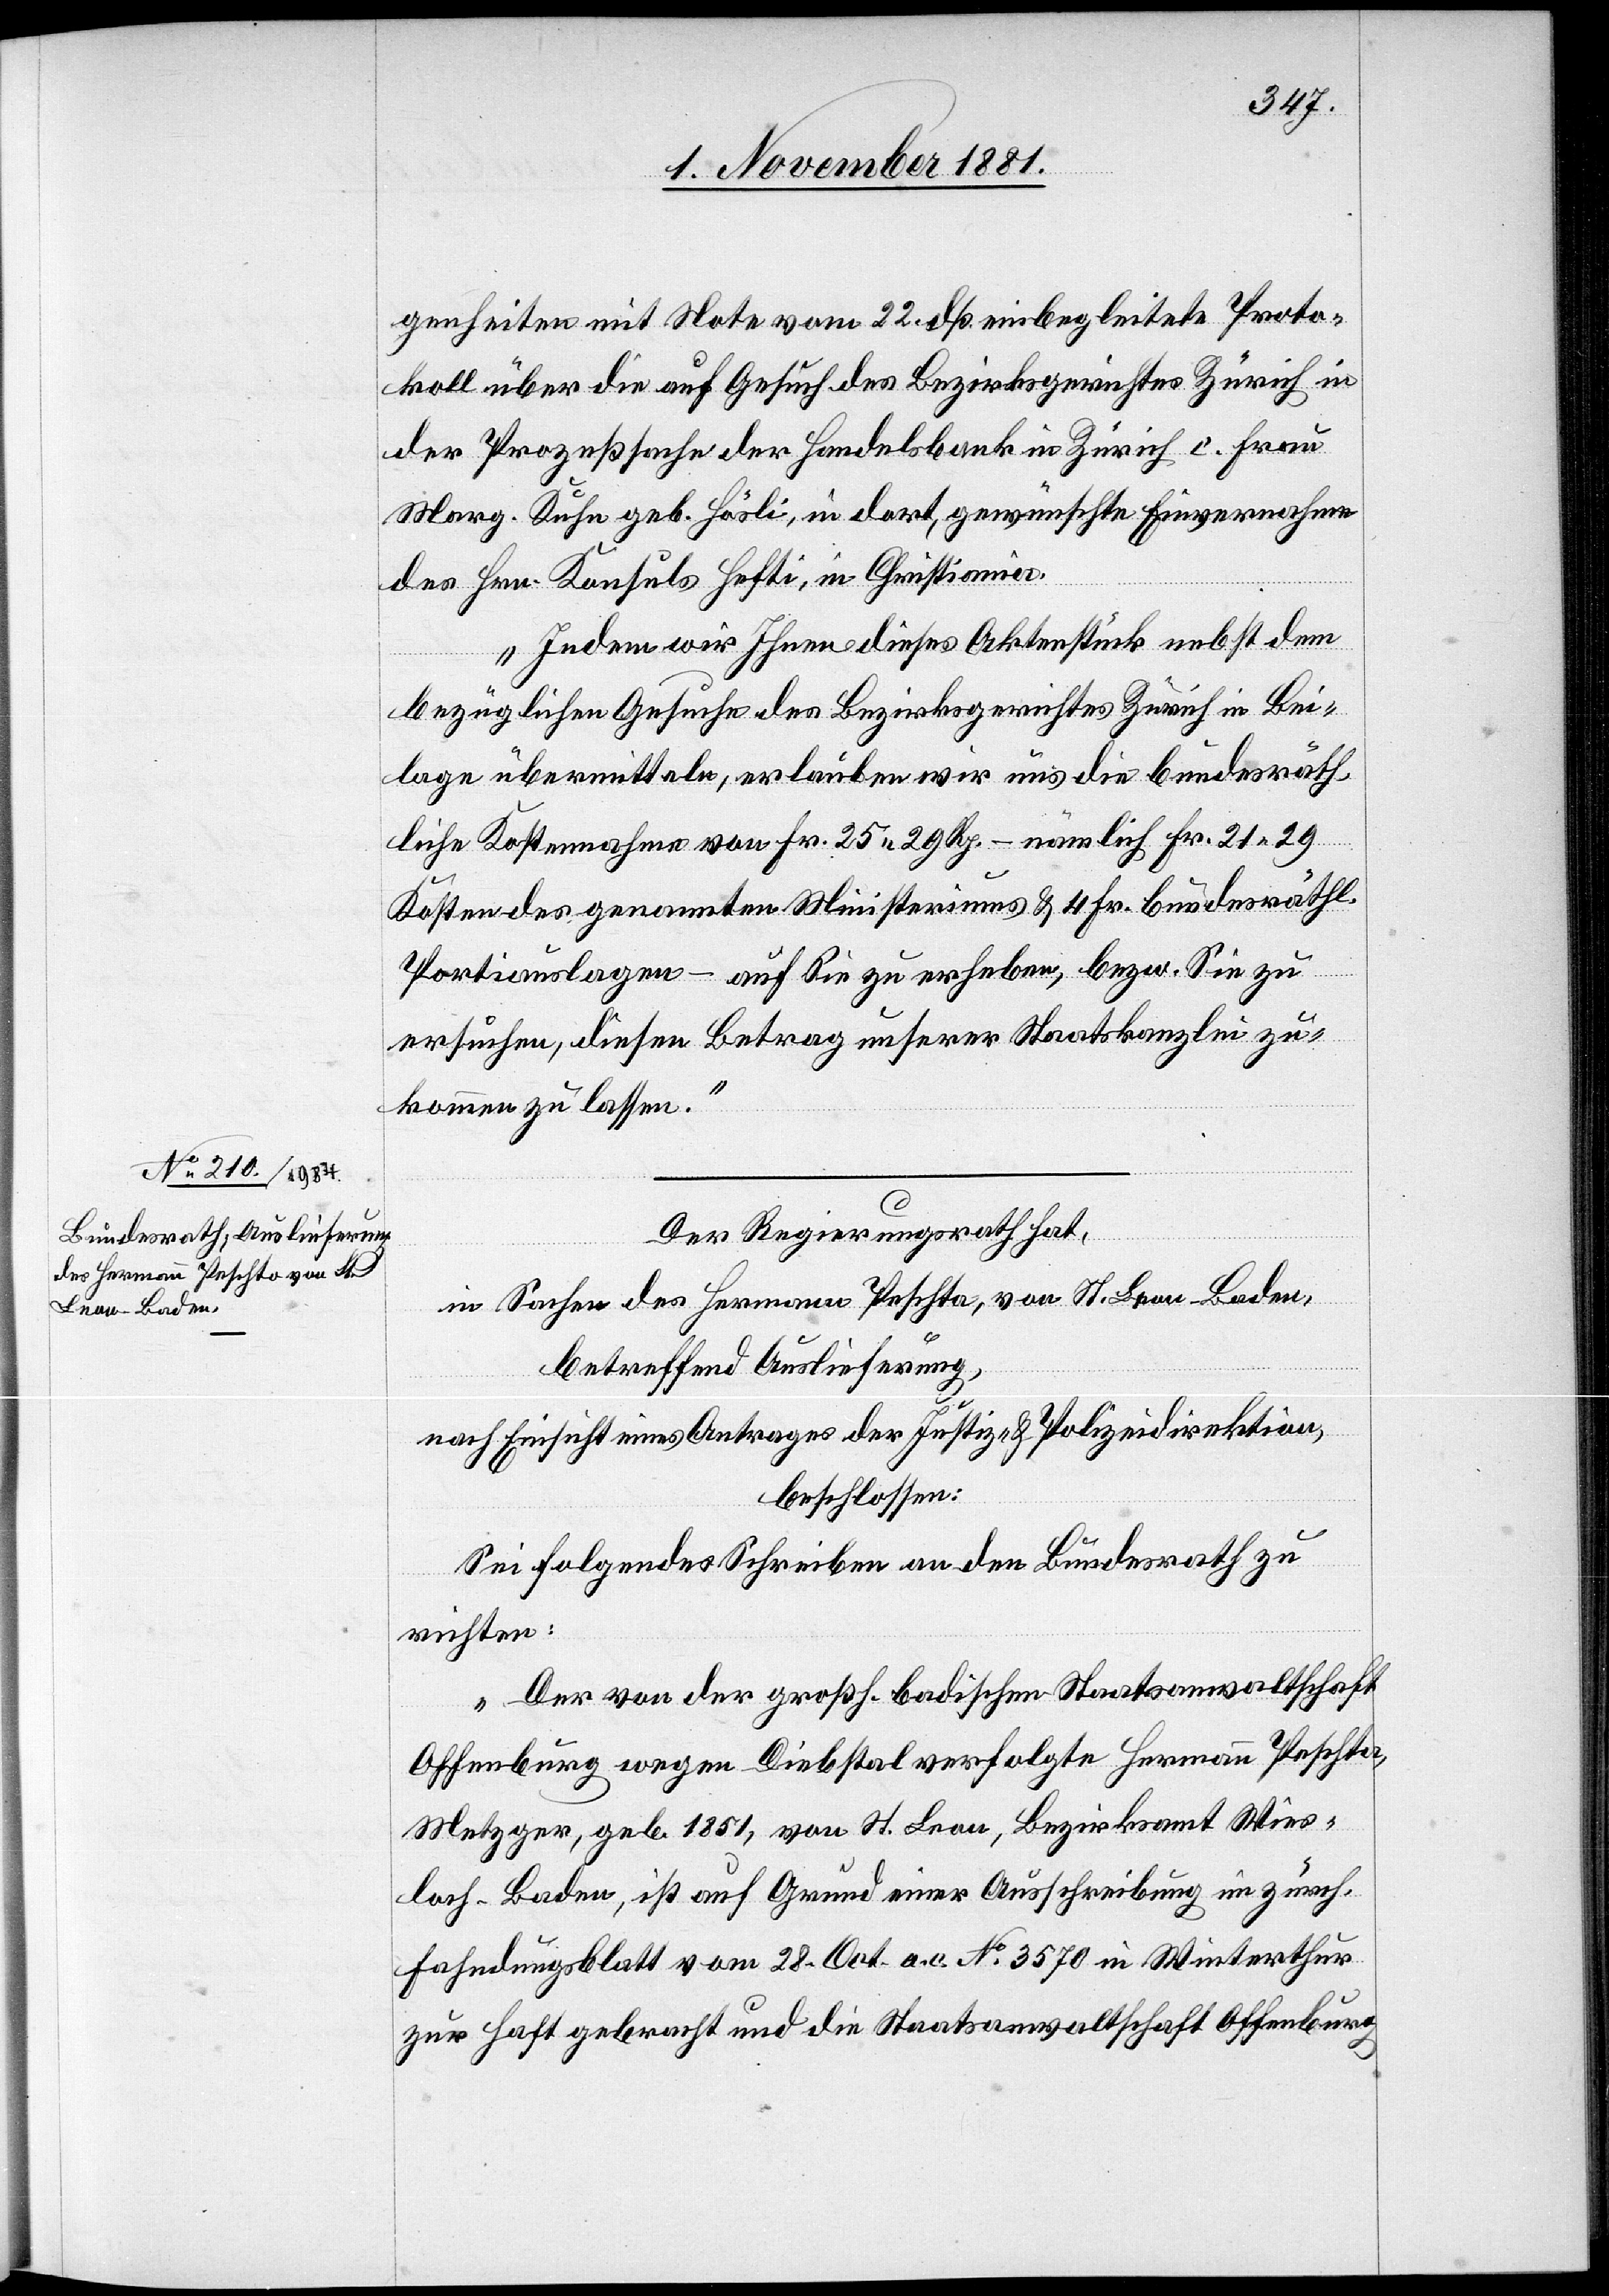
2. November 1881.]
genheiten mit Note vom 22. dß. einbegleitete Proto¬
koll über die auf Gesuch des Bezirksgerichtes Zürich in
der Prozeßsache der Handelsbank in Zürich c. Frau
Marg. Kuhn geb. Hösli, in dort, gewünschte Einvernahme
des Hrn. Konsuls Hefti, in Christiania.
Indem wir Ihnen dieses Aktenstück nebst dem
bezüglichen Gesuche des Bezirksgerichtes Zürich in Bei¬
lage übermitteln, erlauben wir uns die bundesräth¬
liche Kostennahme von Fr. 25 29 Rp. – nämlich Fr. 21 29
Kosten des genannten Ministeriums & 4 Fr. bundesräthl.
Portiauslagen – auf Sie zu erheben, bezw. Sie zu
ersuchen, diesen Betrag unserer Staatskanzlei zu¬
kommen zu lassen.
Der Regierungsrath hat,
in Sachen des Hermann Peschta [sic!], von St. Leon - Baden,
betreffend Auslieferung,
nach Einsicht eines Antrages der Justiz- & Polizeidirektion,
beschlossen:
Der von der großh. badischen Staatsanwaltschaft
Offenburg wegen Diebstal verfolgte Hermann Peschta,
Metzger, geb. 1851, von St. Leon, Bezirksamt Wies¬
lach - Baden, ist auf Grund einer Ausschreibung im zürch.
Fahndungsblatt vom 28. Oct. a. c. No 3570 in Winterthur
zur Haft gebracht und die Staatsanwaltschaft Offenburg